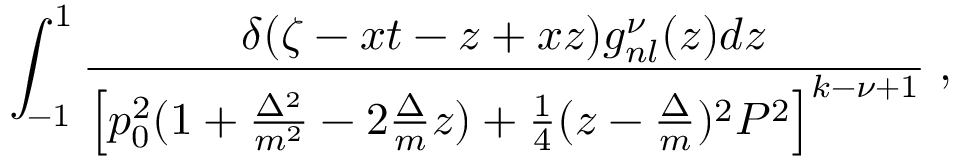
\int _ { - 1 } ^ { 1 } \frac { \delta ( \zeta - x t - z + x z ) g _ { n l } ^ { \nu } ( z ) d z } { \left[ p _ { 0 } ^ { 2 } ( 1 + \frac { \Delta ^ { 2 } } { m ^ { 2 } } - 2 \frac { \Delta } { m } z ) + \frac { 1 } { 4 } ( z - \frac { \Delta } { m } ) ^ { 2 } P ^ { 2 } \right] ^ { k - \nu + 1 } } \; ,